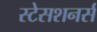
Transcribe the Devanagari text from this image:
स्टेसशनर्स